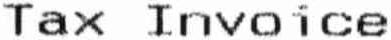
TAX INVOICE